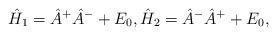
LaTeX: \begin{align*} \hat{H}_1 = \hat{A}^+ \hat{A}^- + E_0, \hat{H}_2 = \hat{A}^- \hat{A}^+ + E_0,\end{align*}